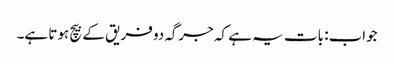
جواب: بات یہ ہے کہ جرگہ دو فریق کے بیچ ہوتا ہے۔